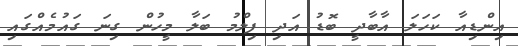
އިންޑިއާ ކަހަލަ އާބާދީ ބޮޑު އަދި ފިލްމު ބަލާ މީހުން ގިނަ ގައުމެއްގައި